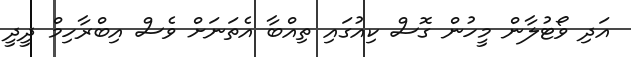
އަދި ވޯޓުލާން މީހުން ގޮސް ކިއުގައި ތިއްބާ އެތަނަށް ވެސް އިބްރާހިމް ދީދީ